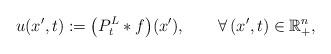
LaTeX: \begin{align*}u(x',t):=\big(P^L_t\ast f\big)(x'),\qquad\forall\,(x',t)\in{\mathbb{R}}^n_{+},\end{align*}